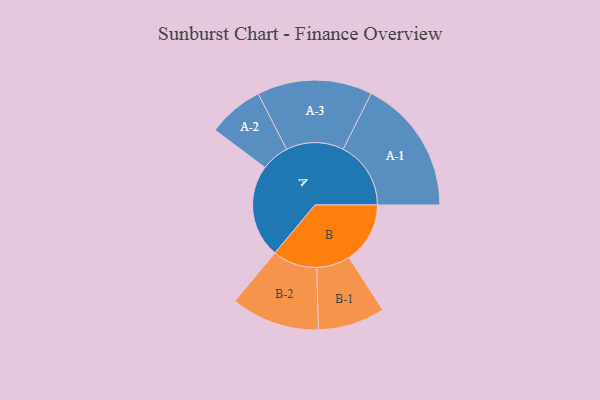
{"axis": {"x": "Segment", "y": "Value"}, "legend": ["", "A", "B"], "data": [{"x": "A", "y": 367, "type": ""}, {"x": "B", "y": 241, "type": ""}, {"x": "A-1", "y": 267, "type": "A"}, {"x": "A-2", "y": 110, "type": "A"}, {"x": "A-3", "y": 227, "type": "A"}, {"x": "B-1", "y": 132, "type": "B"}, {"x": "B-2", "y": 175, "type": "B"}]}